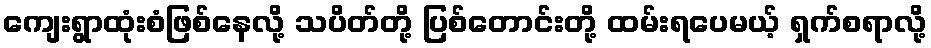
ကျေးရွာထုံးစံဖြစ်နေလို့ သပိတ်တို့ ပြစ်တောင်းတို့ ထမ်းရပေမယ့် ရှက်စရာလို့